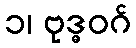
၁၊ ဗုဒ္ဓဝဂ်